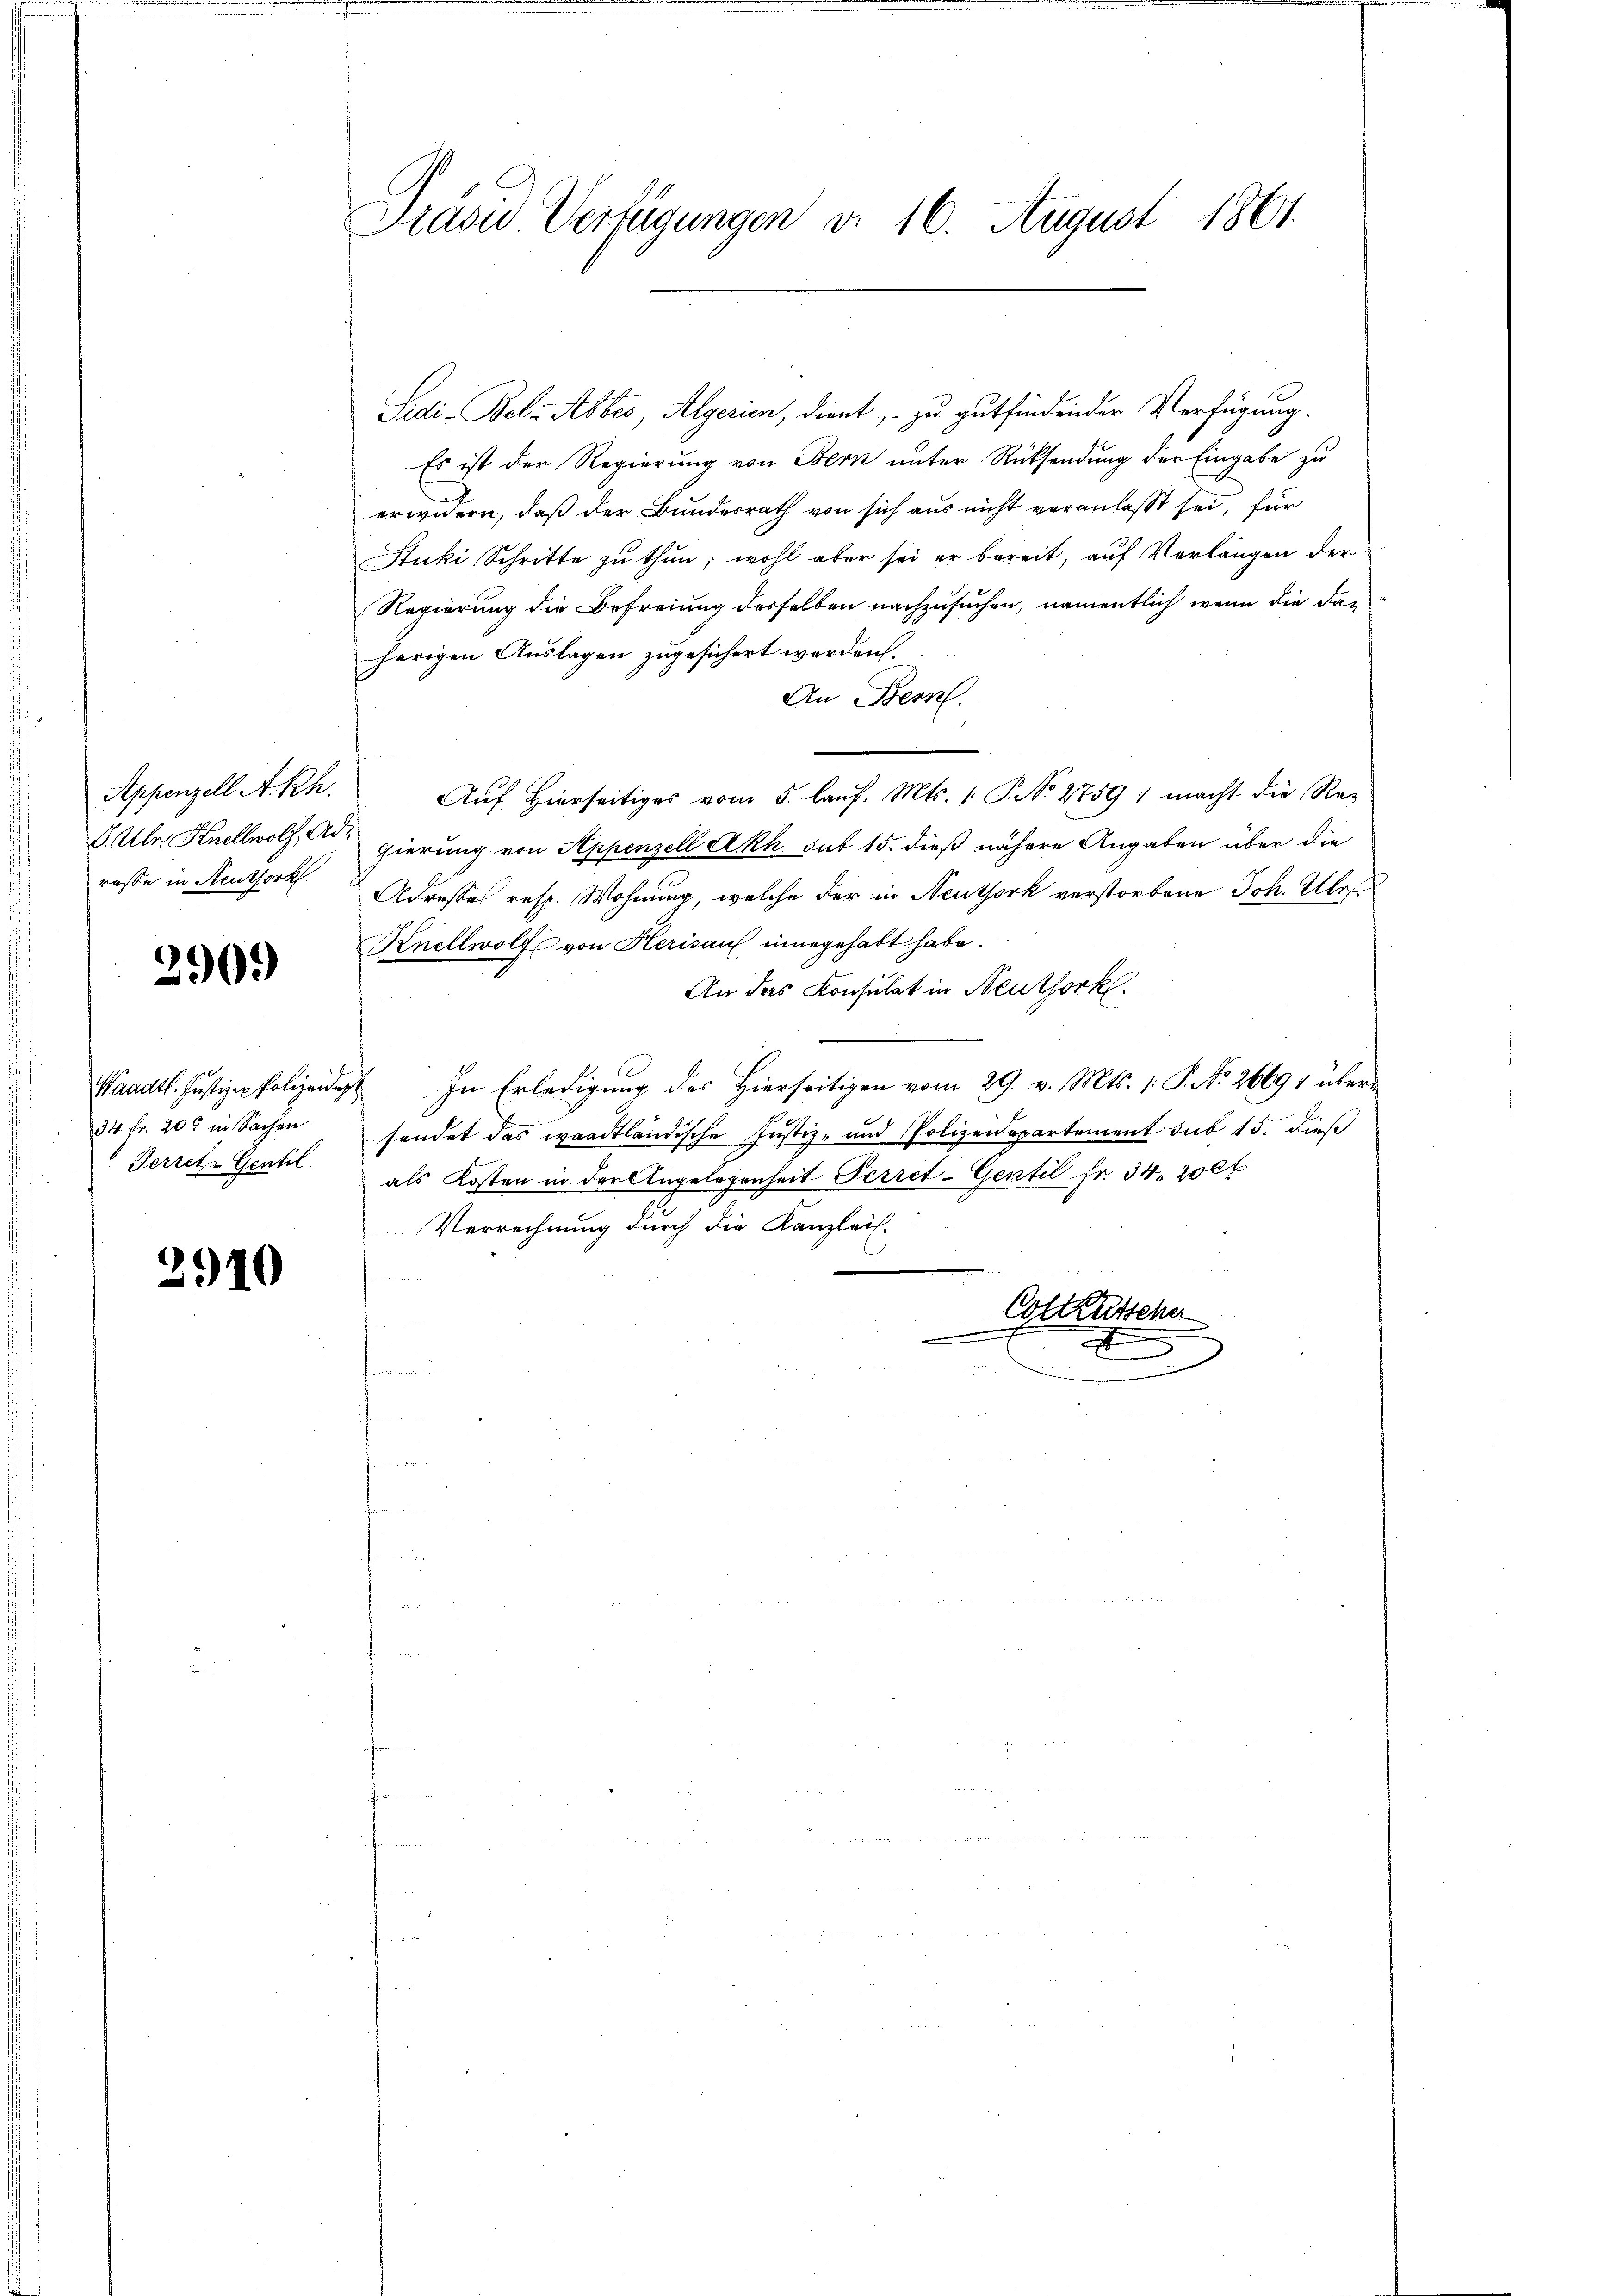
Appenzell A. Rh.
rasse in Steuthork

2909

34 fr. 20t in Sachen
. Ferret-Gentil.

2910

Prävid Verfügungen d. 16. August 1861.

Sidi-Belz Abbes, Algerien, dient, – zu gutfindender Verfügung.
Es ist der Regierung von Bern unter Rücksendung der Eingabe zu
erwidern, daß der Bundesrath von sich aus nicht veranlaßt sei, für
Stuki Schritte zu thun; wohl aber sei er bereit, auf Verlängen der
Regierung die Befreiung desselben nachzusuchen, namentlich wenn die dan
herigen Auslagen zugesichert werden.
An Bern.
Auf Hierseitiges vom 5. laŭf. Mts. 1. P. No 2759 : macht die Re-
V. Uhr. Knellwolf, Ad gierung von Appenzell A.Rh. sub 15. dieß nähere Angaben über die
Adresses resp. Wohnung, welche der in Neuthork verstorbene Joh. Ubes¬
Knellwolf von Herisauf innegehabt habe.
An das Konsulat in Neuthork
Waadt. Justiz-Polizeidigt. In Erledigung des Hierseitigen vom 29. v. Mts. 1. P. No. 26691 übersendet das waadtländische Justiz- und Polizeidepartement sub 15. dies
als Kosten in der Angelegenheit Perret-Gentil fr. 34. 200f
Verrechnung durch die Kanzlei-
e
Colkutscher
2